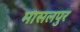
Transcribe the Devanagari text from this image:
मासलपुर